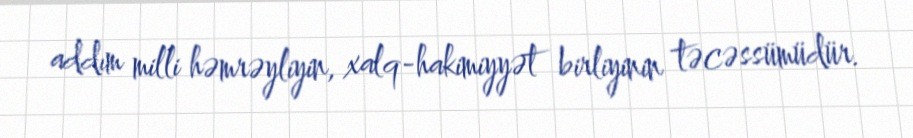
addım milli həmrəyliyin, xalq-hakimiyyət birliyinin təcəssümüdür.